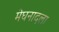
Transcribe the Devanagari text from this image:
मेघनादला